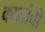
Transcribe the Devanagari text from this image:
काशांचीं